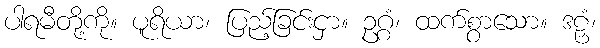
ပါရမီတို့ကို။ ပူရိယာ၊ ပြည့်ခြင်းငှာ။ ဥဂ္ဂံ၊ ထက်စွာသော။ ဒဠှံ၊